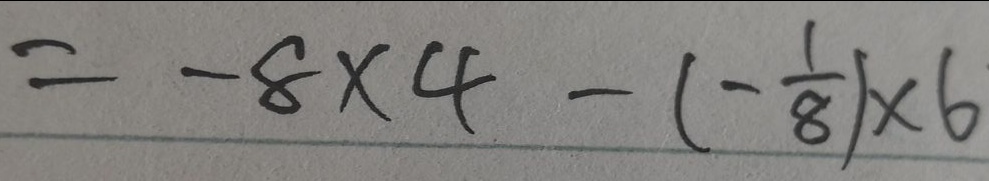
= - 8 \times 4 - ( - \frac { 1 } { 8 } ) \times 6